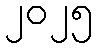
၂၀၂၅